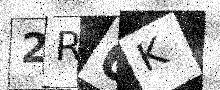
Text: 2R6K